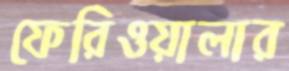
ফেরিওয়ালার